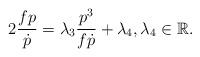
LaTeX: \begin{align*}2\frac{fp}{\dot{p}}=\lambda _{3}\frac{p^{3}}{f\dot{p}}+\lambda _{4}, \lambda_{4} \in \mathbb{R}. \end{align*}